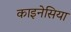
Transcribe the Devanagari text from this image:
काइनेसिया